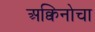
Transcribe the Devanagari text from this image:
अक्विनोचा